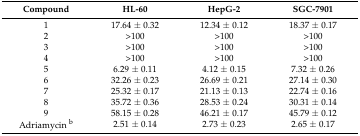
<table><thead><tr><td><b>Compound</b></td><td><b>HL-60</b></td><td><b>HepG-2</b></td><td><b>SGC-7901</b></td></tr></thead><tbody><tr><td>1</td><td>17.64 ± 0.32</td><td>12.34 ± 0.12</td><td>18.37 ± 0.17</td></tr><tr><td>2</td><td>&gt;100</td><td>&gt;100</td><td>&gt;100</td></tr><tr><td>3</td><td>&gt;100</td><td>&gt;100</td><td>&gt;100</td></tr><tr><td>4</td><td>&gt;100</td><td>&gt;100</td><td>&gt;100</td></tr><tr><td>5</td><td>6.29 ± 0.11</td><td>4.12 ± 0.15</td><td>7.32 ± 0.26</td></tr><tr><td>6</td><td>32.26 ± 0.23</td><td>26.69 ± 0.21</td><td>27.14 ± 0.30</td></tr><tr><td>7</td><td>25.32 ± 0.17</td><td>21.13 ± 0.13</td><td>22.74 ± 0.16</td></tr><tr><td>8</td><td>35.72 ± 0.36</td><td>28.53 ± 0.24</td><td>30.31 ± 0.14</td></tr><tr><td>9</td><td>58.15 ± 0.28</td><td>46.21 ± 0.17</td><td>45.79 ± 0.12</td></tr><tr><td>Adriamycin <sup>b</sup></td><td>2.51 ± 0.14</td><td>2.73 ± 0.23</td><td>2.65 ± 0.17</td></tr></tbody></table>